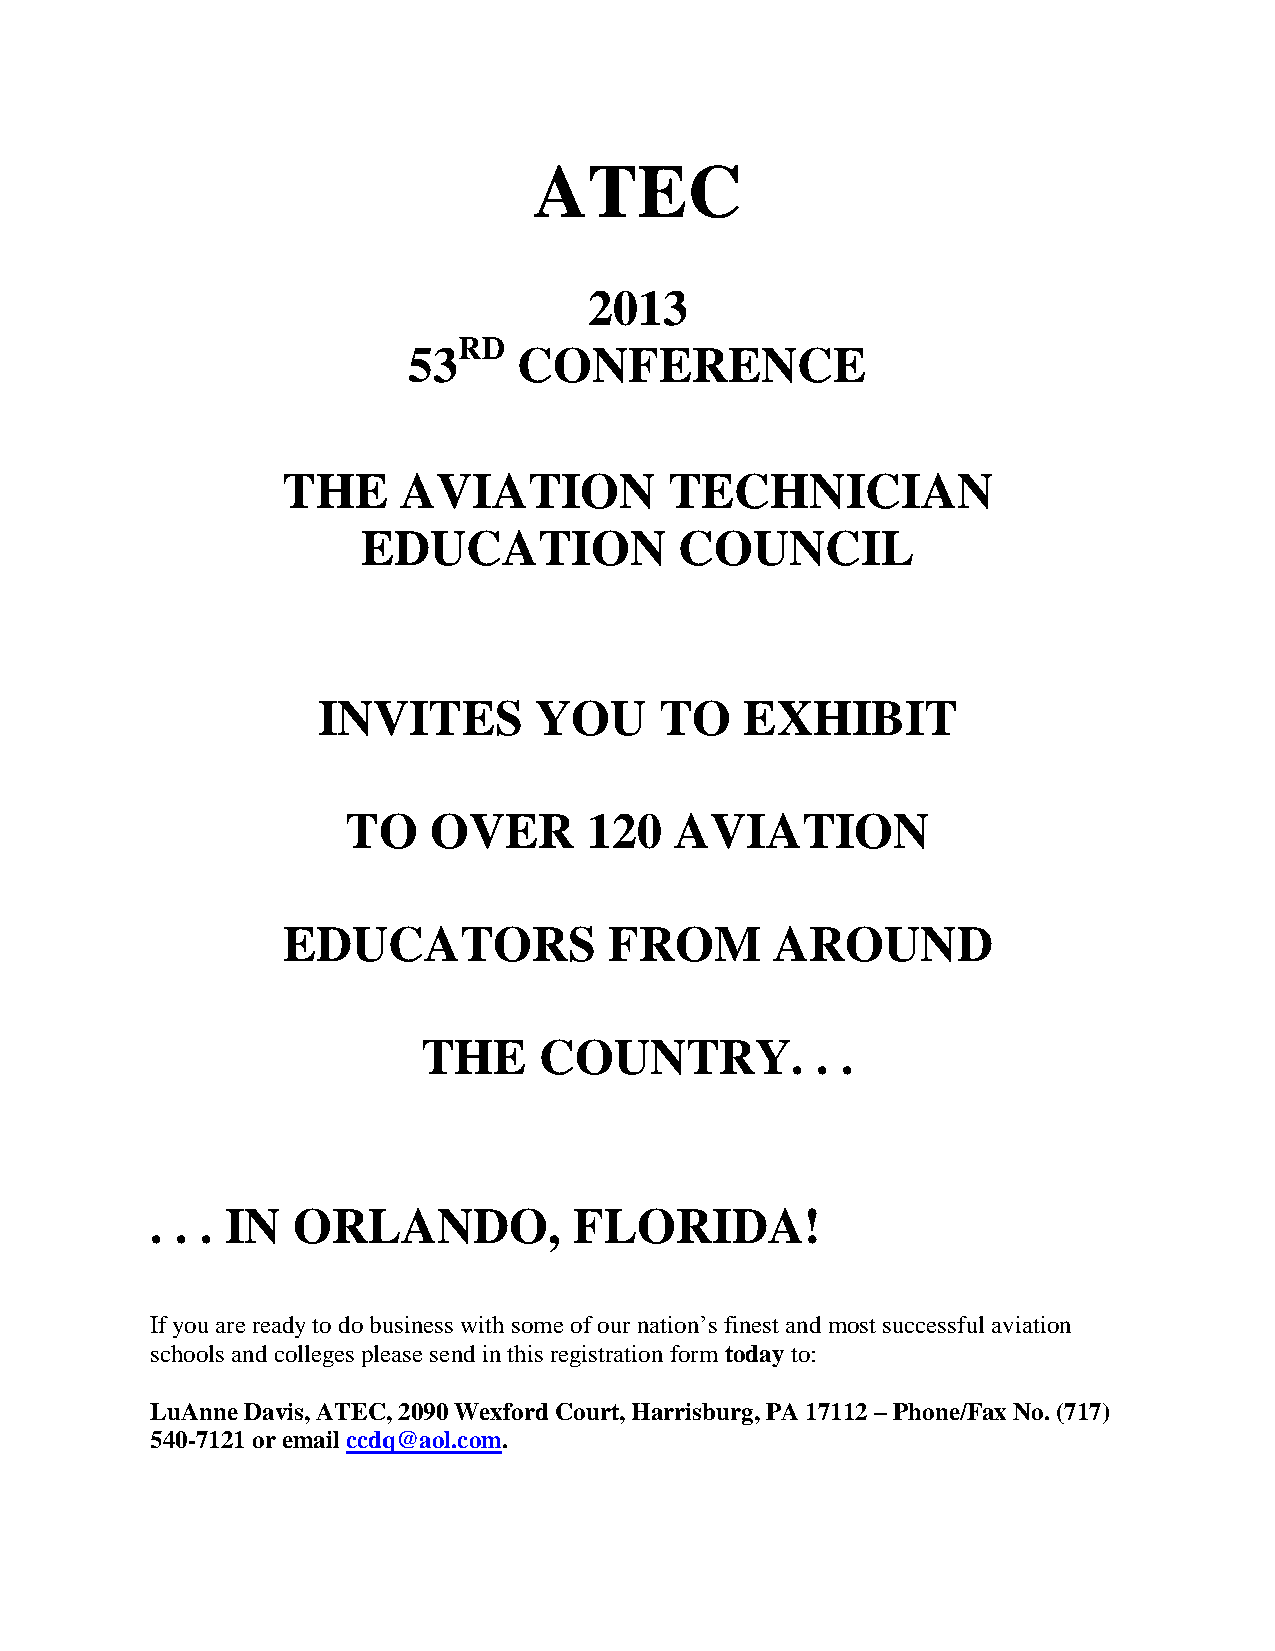
ATEC
 2013
 RD
 53     CONFERENCE
 THE     AVIATION         TECHNICIAN
 EDUCATION            COUNCIL
 INVITES       YOU      TO   EXHIBIT
 TO   OVER       120   AVIATION
 EDUCATORS            FROM       AROUND
 THE     COUNTRY.          . .
 . . . IN ORLANDO,           FLORIDA!
 If you are ready to do business with some of our nation’s finest and most successful aviation
 schools and colleges please send in this registration form today to:
 LuAnne Davis, ATEC, 2090 Wexford Court, Harrisburg, PA 17112 – Phone/Fax No. (717)
 540-7121 or email ccdq@aol.com.